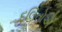
દલિતોએ